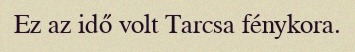
Ez az idő volt Tarcsa fénykora.